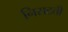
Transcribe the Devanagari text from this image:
निसटती